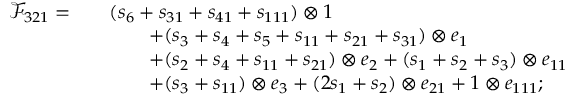
\begin{array} { r l r l } & { \mathcal { F } _ { 3 2 1 } = } & & { ( s _ { 6 } + s _ { 3 1 } + s _ { 4 1 } + s _ { 1 1 1 } ) \otimes 1 } \\ & { } & & { \qquad + ( s _ { 3 } + s _ { 4 } + s _ { 5 } + s _ { 1 1 } + s _ { 2 1 } + s _ { 3 1 } ) \otimes e _ { 1 } } \\ & { } & & { \qquad + ( s _ { 2 } + s _ { 4 } + s _ { 1 1 } + s _ { 2 1 } ) \otimes e _ { 2 } + ( s _ { 1 } + s _ { 2 } + s _ { 3 } ) \otimes e _ { 1 1 } } \\ & { } & & { \qquad + ( s _ { 3 } + s _ { 1 1 } ) \otimes e _ { 3 } + ( 2 s _ { 1 } + s _ { 2 } ) \otimes e _ { 2 1 } + 1 \otimes e _ { 1 1 1 } ; } \end{array}